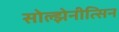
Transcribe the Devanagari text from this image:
सोल्झेनीत्सिन